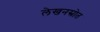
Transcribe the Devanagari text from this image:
लेखनस्रोत